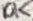
Text: 10K